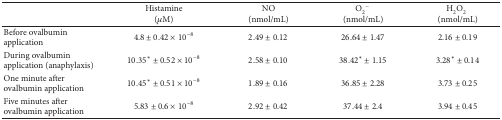
|  | Histamine (μM) | NO (nmol/mL) | O2− (nmol/mL) | H2O2(nmol/mL) |
 | --- | --- | --- | --- | --- |
 | Before ovalbumin application | 4.8 ± 0.42 × 10−8 | 2.49 ± 0.12 | 26.64 ± 1.47 | 2.16 ± 0.19 |
 | During ovalbumin application (anaphylaxis) | 10.35* ± 0.52 × 10−8 | 2.58 ± 0.10 | 38.42* ± 1.15 | 3.28* ± 0.14 |
 | One minute after ovalbumin application | 10.45* ± 0.51 × 10−8 | 1.89 ± 0.16 | 36.85 ± 2.28 | 3.73 ± 0.25 |
 | Five minutes after ovalbumin application | 5.83 ± 0.6 × 10−8 | 2.92 ± 0.42 | 37.44 ± 2.4 | 3.94 ± 0.45 |